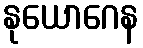
နုယောဂေန